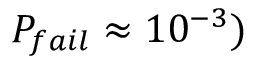
P _ { f a i l } \approx 1 0 ^ { - 3 } )